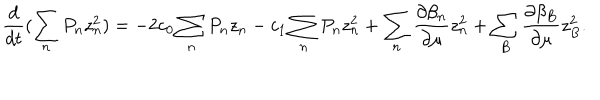
LaTeX: \frac { d } { d t } ( \sum _ { n } P _ { n } z _ { n } ^ { 2 } ) = - 2 c _ { 0 } \sum _ { n } P _ { n } z _ { n } - c _ { 1 } \sum _ { n } P _ { n } z _ { n } ^ { 2 } + \sum _ { n } \frac { \partial \beta _ { n } } { \partial \mu } z _ { n } ^ { 2 } + \sum _ { B } \frac { \partial \beta _ { B } } { \partial \mu } z _ { B } ^ { 2 } .